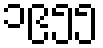
၁၉၅၅